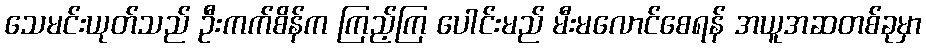
သေမင်းယုတ်သည် ဦးကက်စိန်က ကြည့်ကြ ပေါင်းမည် မီးမလောင်စေရန် အယူအဆတစ်ခုမှာ